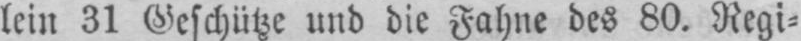
lein 31 Geschütze und die Fahne des 80. Regi⸗